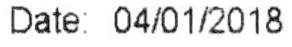
DATE: 04/01/2018